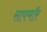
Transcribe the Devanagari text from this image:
साफ्मॉर